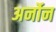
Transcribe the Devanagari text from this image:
अर्नोन